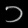
Digit: ၁